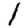
Digit: 1